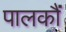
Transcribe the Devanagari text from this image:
पालकौं